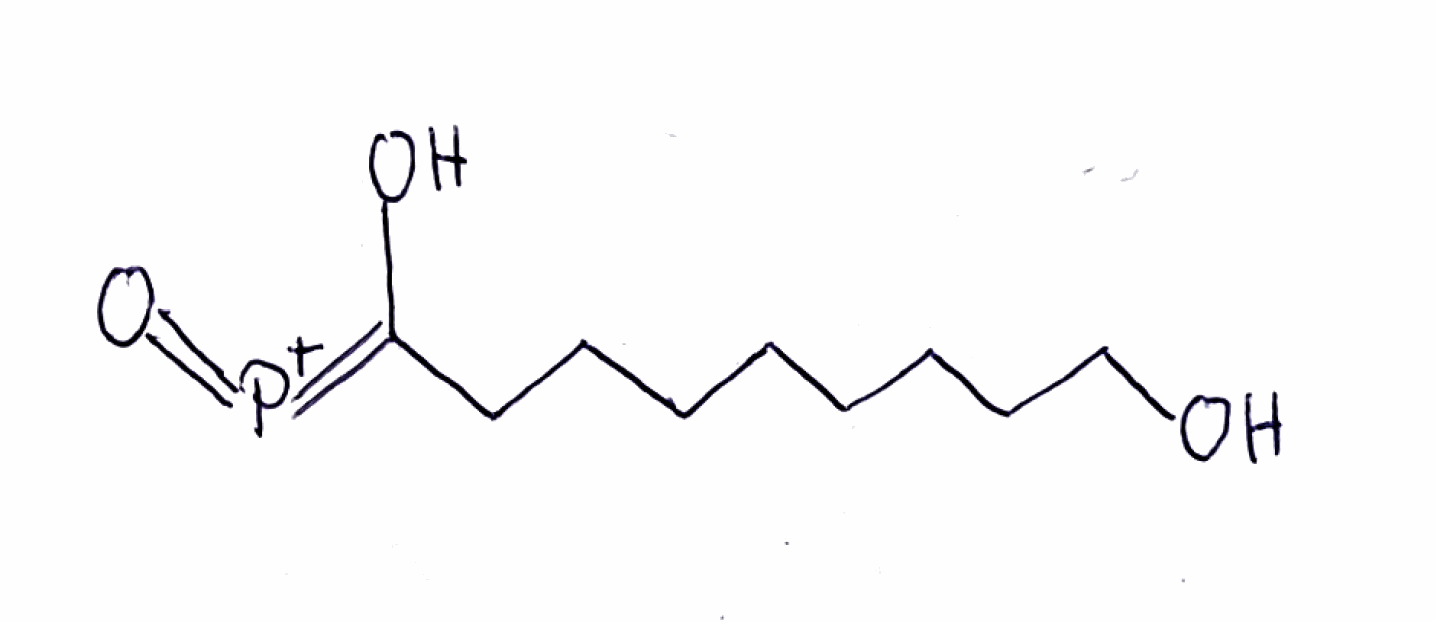
Simplified molecular-input line-entry system (SMILES) notation of the given molecule:
C(CCCCO)CCCC(=[P+]=O)O